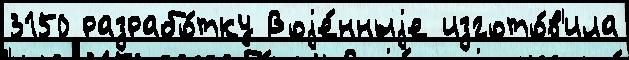
3150 разрабо́тку Воjе́нныjе изгото́в'ила